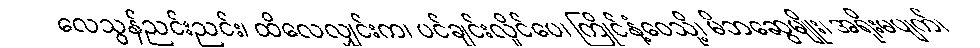
လေသွန်ညင်းညင်း၊ ထိလေလျှင်းက၊ ပင်ချင်းလှိုင်ပေ၊ ကြိုင်နံ့ဝေသို့၊ မိဘဆွေမျိုး၊ အရိုးမပျက်၊